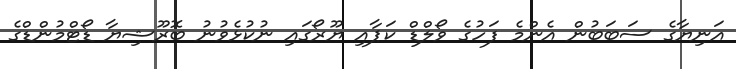
އަނިޔާގެ ސަބަބުން އެންމެ ފަހުގެ ވޯލްޑް ކަޕާއި ޔޫރޯގައި ނުކުޅެވުނު ބޮރޫޝިޔާ ޑޯޓްމުންޑްގެ